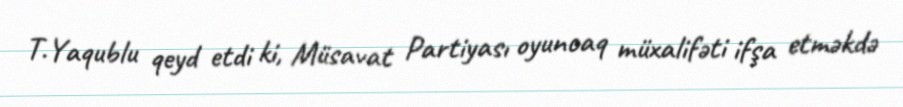
T.Yaqublu qeyd etdi ki, Müsavat Partiyası oyuncaq müxalifəti ifşa etməkdə